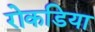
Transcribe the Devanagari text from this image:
रोकडिया